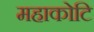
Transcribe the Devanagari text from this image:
महाकोटि